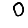
Digit: 0